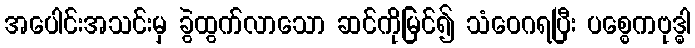
အပေါင်းအသင်းမှ ခွဲထွက်လာသော ဆင်ကိုမြင်၍ သံဝေဂရပြီး ပစ္စေကဗုဒ္ဓါ